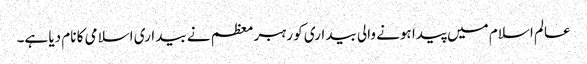
عالم اسلام میں پیدا ہونے والی بیداری کو رہبر معظم نے بیداری اسلامی کا نام دیا ہے۔